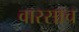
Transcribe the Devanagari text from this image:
वारसाच